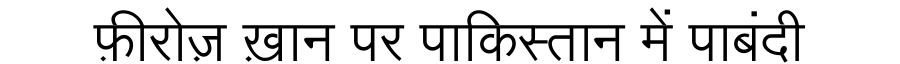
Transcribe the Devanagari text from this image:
फ़ीरोज़ ख़ान पर पाकिस्तान में पाबंदी